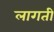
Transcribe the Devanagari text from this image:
लागती